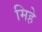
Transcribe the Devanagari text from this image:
मिहे